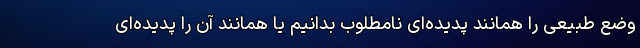
وضع طبیعی را همانند پدیده‌ای نامطلوب بدانیم یا همانند آن را پدیده‌ای